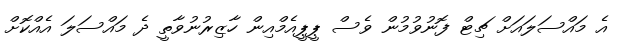
އެ މައްސަލައަށް ޗިޓް ފޮނުވުމުން ވެސް ޕީޕީއެމްއިން ހާޒިރުނުވާތީ ދެ މައްސަލަ އެއްކޮށް